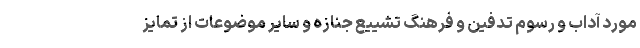
مورد آداب و رسوم تدفین و فرهنگ تشییع جنازه و سایر موضوعات از تمایز